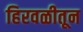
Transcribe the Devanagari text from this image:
हिरवळीतून